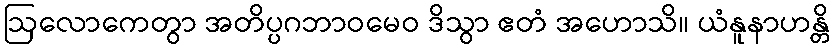
ဩလောကေတွာ အတိပ္ပဂဘာဝမေဝ ဒိသွာ ဧတံ အဟောသိ။ ယံနူနာဟန္တိ